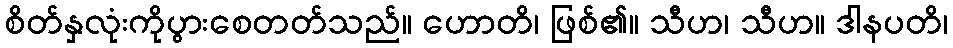
စိတ်နှလုံးကိုပွားစေတတ်သည်။ ဟောတိ၊ ဖြစ်၏။ သီဟ၊ သီဟ။ ဒါနပတိ၊